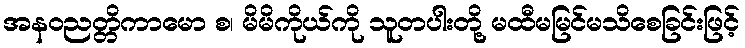
အနဝညတ္တိကာမော စ၊ မိမိကိုယ်ကို သူတပါးတို့ မထီမမြင်မသိစေခြင်းဖြင့်